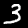
Label: 3